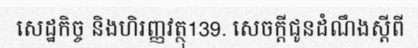
សេដ្ឋកិច្ច និងហិរញ្ញវត្ថុ139. សេចក្តីជូនដំណឹងស្តីពី